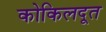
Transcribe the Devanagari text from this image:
कोकिलदूत